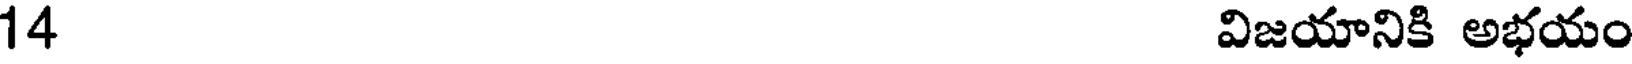
14 విజయానికి అభయం